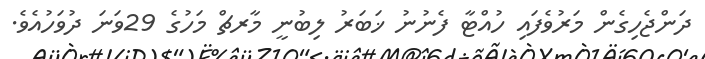
ދަންޖެހިގެން މަރުވެފައި ހުއްޓާ ފެނުނު ޚަބަރު ލިބުނީ މާރޗް މަހުގެ 29ވަަނަ ދުވަހުއެވެ.